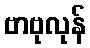
ဗာဗုလုန်